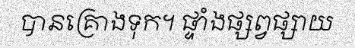
បានគ្រោងទុក។ ផ្ទាំងផ្សព្វផ្សាយ